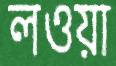
লওয়া